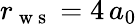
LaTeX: r_{\mathrm{~w~s~}}=4\, a_{0}